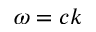
\omega = c k